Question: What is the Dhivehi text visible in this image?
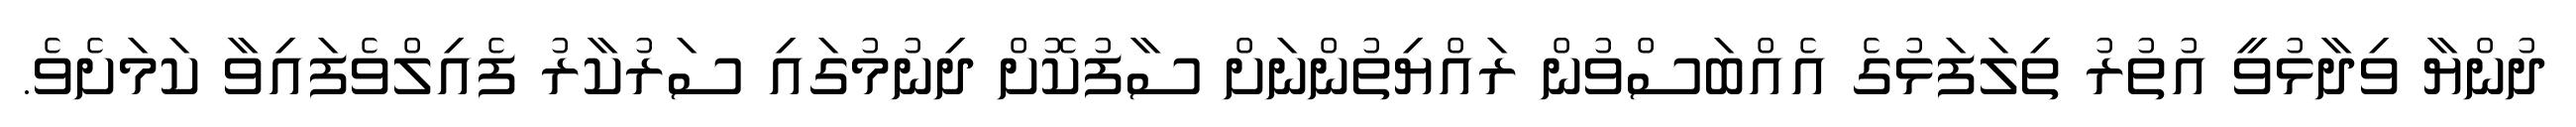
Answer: ދުންޔާ ވިދާޅުވީ އުތުރު ތިލަފަޅުގެ އެއްބަސްވުން ރައްޔިތުންނަށް ސާފުކޮށް ދިނުމުގައި ސަރުކާރު ފެއިލްވެފައިވާ ކަމަށެވެ.